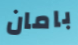
بامان